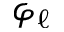
\varphi _ { \ell }